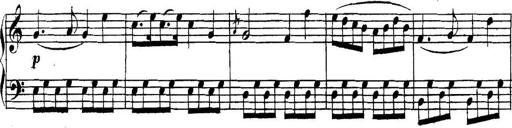
Title: Collected Piano Sonatas
Composer: Muzio Clementi